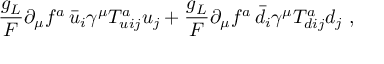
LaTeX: \frac { g _ { L } } { F } \partial _ { \mu } f ^ { a } \, \bar { u } _ { i } \gamma ^ { \mu } T _ { u i j } ^ { a } { u } _ { j } + \frac { g _ { L } } { F } \partial _ { \mu } f ^ { a } \, \bar { d } _ { i } \gamma ^ { \mu } T _ { d i j } ^ { a } d _ { j } \ ,